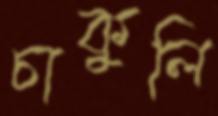
চাকুলি